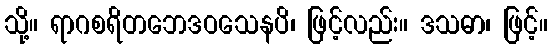
သို့။ ရာဂစရိတဘေဒဝသေနပိ၊ ဖြင့်လည်း။ ဒသဓာ၊ ဖြင့်။